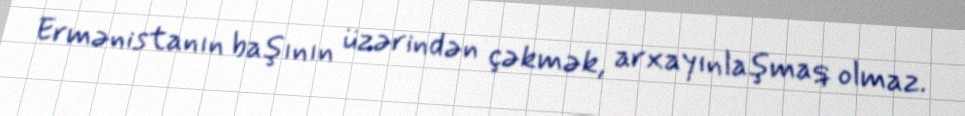
Ermənistanın başının üzərindən çəkmək, arxayınlaşmaq olmaz.